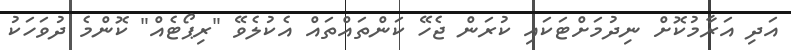
އަދި އަރާމުކޮށް ނިދުމަށްޓަކައި ކުރަން ޖެހޭ ކަންތައްތައް އެކުލެވޭ "ރިޕޯޓެއް" ކޮންމެ ދުވަހަކު